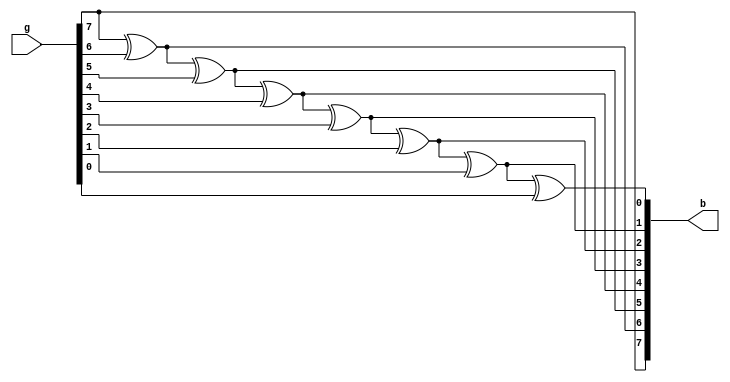
module q4(g, b);
parameter n = 8;
input [n-1:0] g;
output reg [n-1:0] b;
integer i;
always @(g) begin
    b[n-1] = g[n-1];
    for (i = n-2; i >= 0; i = i-1) begin
        b[i] = b[i+1] ^ g[i];
    end
end
endmodule